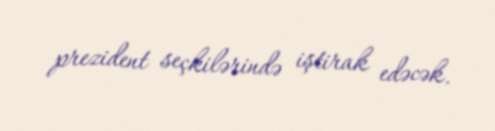
prezident seçkilərində iştirak edəcək.